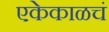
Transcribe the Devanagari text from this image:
एकेकाळचं